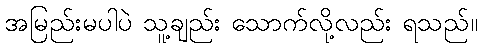
အမြည်းမပါပဲ သူ့ချည်း သောက်လို့လည်း ရသည်။